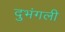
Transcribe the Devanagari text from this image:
दुभंगली